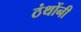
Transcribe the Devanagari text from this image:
ठंथोंनी